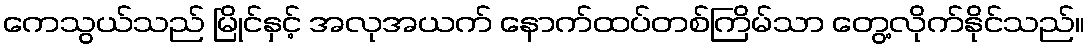
ကေသွယ်သည် မြိုင်နှင့် အလုအယက် နောက်ထပ်တစ်ကြိမ်သာ တွေ့လိုက်နိုင်သည်။